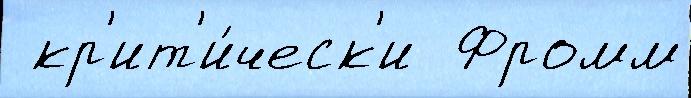
 кр'ит'и́ческ'и  Фромм